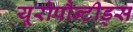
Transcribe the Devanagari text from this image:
यूरोपौन्टीड्स